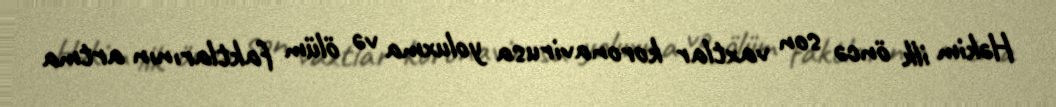
Həkim ilk öncə son vaxtlar koronavirusa yoluxma və ölüm faktlarının artma